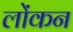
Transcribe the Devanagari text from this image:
लोंकन